Mental hospitals Bombay report 1929-33 - 1929-1933
Year: 1929
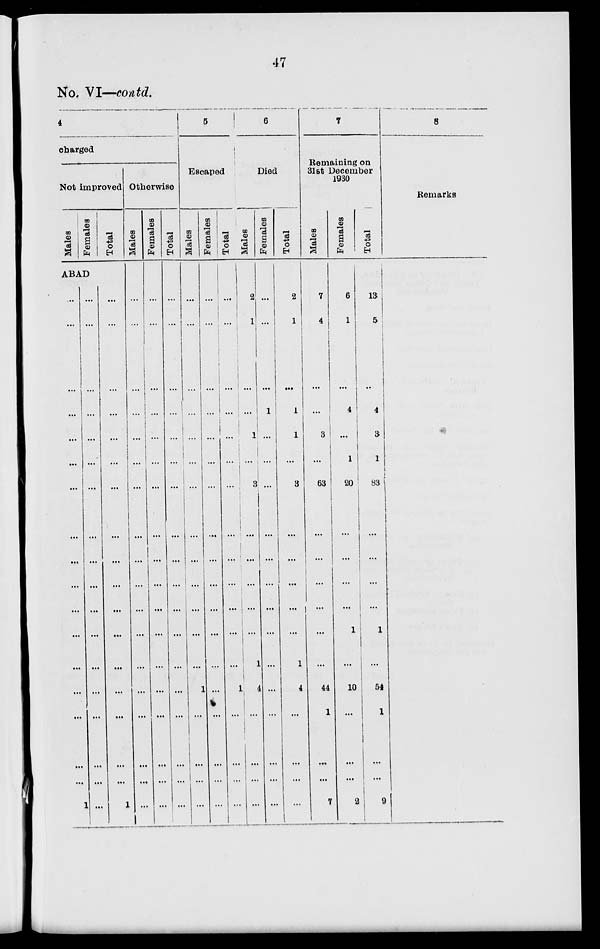
47
No. VI—contd.
4
charged
Not improved
Males
Females
Total
ABAD
...
...
...
...
...
...
...
...
...
...
...
...
...
...
...
...
...
1
...
...
...
...
...
...
...
...
...
...
...
...
...
...
...
...
...
...
...
...
...
...
...
...
...
...
...
...
...
...
...
...
...
...
... 1
Otherwise
Males
...
...
...
...
...
...
...
...
...
...
...
...
...
...
...
...
...
...
Females
...
...
...
...
...
...
...
...
...
...
...
...
...
...
...
...
...
...
Total
...
...
...
...
...
...
...
...
...
...
...
...
...
...
...
...
...
...
5
Escaped
Males
...
...
...
...
...
...
...
...
...
...
...
...
...
1
...
...
...
...
Females
...
...
...
...
...
...
...
...
...
...
...
...
...
...
...
...
...
...
Total
...
...
...
...
...
...
...
...
...
...
...
...
...
1
...
...
...
...
6
Died
Males
2
1
...
...
1
...
3
...
...
...
...
...
1
4
...
...
...
...
Females
...
...
...
1
...
...
...
...
...
...
...
...
...
...
...
...
...
...
Total
2
1
...
1
1
...
3
...
...
...
...
...
1
4
...
...
...
...
7
Remaining on
31st December
1930
Males
7
4
...
...
3
...
63
...
...
...
...
...
...
44
1
...
...
7
Females
6
1
...
4
...
1
20
...
...
...
...
1
...
10
...
...
...
2
Total
13
5
...
4
3
1
83
...
...
...
...
1
...
54
1
...
... 9
8
Remarks